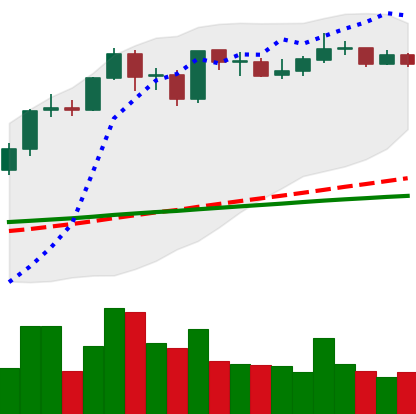
Ticker: ADA-USD
Chart end date: 2021-09-06
Forward return: -6.99%
Label: down_5_7